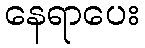
နေရာပေး